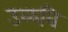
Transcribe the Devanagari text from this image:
उळवि